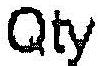
QTY